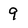
Character: 9